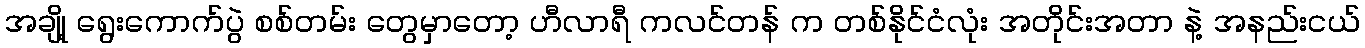
အချို့ ရွေးကောက်ပွဲ စစ်တမ်း တွေမှာတော့ ဟီလာရီ ကလင်တန် က တစ်နိုင်ငံလုံး အတိုင်းအတာ နဲ့ အနည်းငယ်